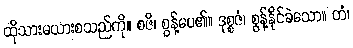
ထိုသားမယားစသည်ကို။ စဇိ၊ စွန့်ပေ၏။ ဒုစ္စဇံ၊ စွန့်နိုင်ခဲသော။ တံ၊